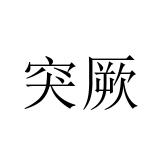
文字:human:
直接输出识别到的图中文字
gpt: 突厥